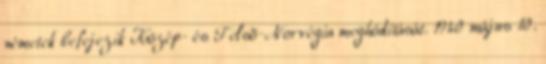
németek befejezik Közép- és Felsõ-Norvégia meghódítását. 1940 május 10.